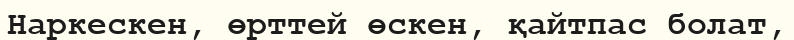
Наркескен, өрттей өскен, қайтпас болат,